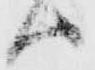
ハ